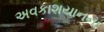
અવકાશયાનના